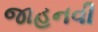
જાહનવી